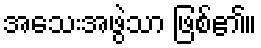
အသေးအဖွဲသာ ဖြစ်၏။